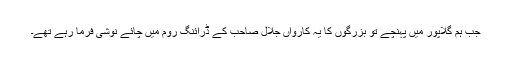
جب ہم گلاپور میں پہنچے تو بزرگوں کا یہ کارواں جلال صاحب کے ڈرائنگ روم میں چائے نوشی فرما رہے تھے۔